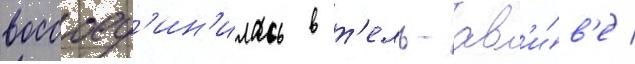
воссоед'ин'илась в т'ель-ав'и́в'е /